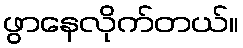
ဖွာနေလိုက်တယ်။